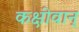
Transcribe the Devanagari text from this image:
कक्षीवान्